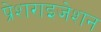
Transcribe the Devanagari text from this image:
प्रेशराइजेशन